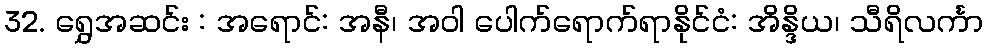
32. ရွှေအဆင်း : အရောင်: အနီ၊ အဝါ ပေါက်ရောက်ရာနိုင်ငံ: အိန္ဒိယ၊ သီရိလင်္ကာ